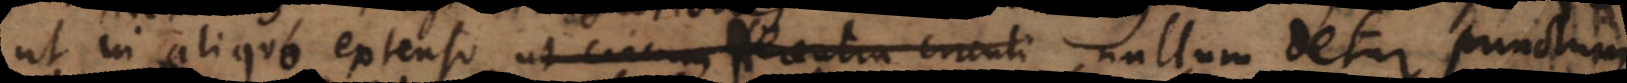
ut in aliquo extenso ut circumferentia circuli nullum detur punctum